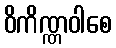
ဝိကိဏ္ဏဝါစေ